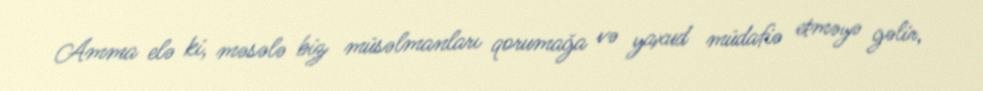
Amma elə ki, məsələ biz müsəlmanları qorumağa və yaxud müdafiə etməyə gəlir,